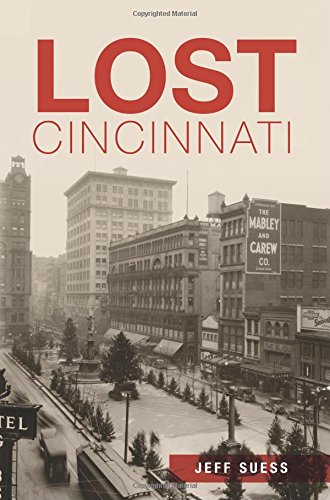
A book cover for Lost Cincinnati; Jeff Suess; Arts & Photography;